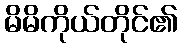
မိမိကိုယ်တိုင်၏